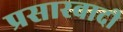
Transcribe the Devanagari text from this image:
प्रसारवादी